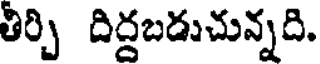
తిర్చి దిద్దబడుచున్నది.